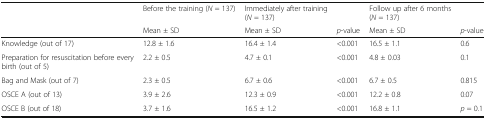
<table><thead><tr><td></td><td><b>Before the training (<i>N</i> = 137)</b></td><td><b>Immediately after training(<i>N</i> = 137)</b></td><td></td><td><b>Follow up after 6 months(<i>N</i> = 137)</b></td><td></td></tr><tr><td></td><td><b>Mean ± SD</b></td><td><b>Mean ± SD</b></td><td><b><i>p</i>-value</b></td><td><b>Mean ± SD</b></td><td><b><i>p</i>-value</b></td></tr></thead><tbody><tr><td>Knowledge (out of 17)</td><td>12.8 ± 1.6</td><td>16.4 ± 1.4</td><td>&lt;0.001</td><td>16.5 ± 1.1</td><td>0.6</td></tr><tr><td>Preparation for resuscitation before every birth (out of 5)</td><td>2.2 ± 0.5</td><td>4.7 ± 0.1</td><td>&lt;0.001</td><td>4.8 ± 0.03</td><td>0.1</td></tr><tr><td>Bag and Mask (out of 7)</td><td>2.3 ± 0.5</td><td>6.7 ± 0.6</td><td>&lt;0.001</td><td>6.7 ± 0.5</td><td>0.815</td></tr><tr><td>OSCE A (out of 13)</td><td>3.9 ± 2.6</td><td>12.3 ± 0.9</td><td>&lt;0.001</td><td>12.2 ± 0.8</td><td>0.07</td></tr><tr><td>OSCE B (out of 18)</td><td>3.7 ± 1.6</td><td>16.5 ± 1.2</td><td>&lt;0.001</td><td>16.8 ± 1.1</td><td><i>p</i> = 0.1</td></tr></tbody></table>